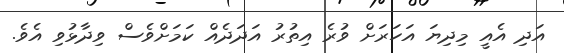
އަދި އެއީ މިދިޔަ އަހަރަށް ވުރެ އިތުރު އަދަދެއް ކަމަށްވެސް ވިދާޅުވި އެވެ.